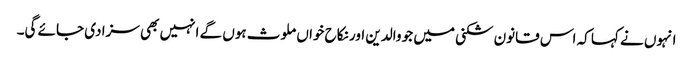
انہوں نے کہا کہ اس قانون شکنی میں جو والدین اور نکاح خواں ملوث ہوں گے انہیں بھی سزا دی جائے گی۔